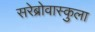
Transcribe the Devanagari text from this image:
सरेब्रोवास्कुला